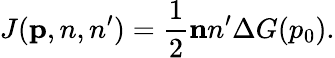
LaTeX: J({\mathbf p,n,n}^{\prime})=\frac{1}{2}{\mathbf nn}^{\prime}\Delta G(p_{0}).